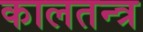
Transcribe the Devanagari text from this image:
कालतन्त्र